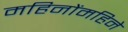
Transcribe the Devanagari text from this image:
महिनोंमहिने